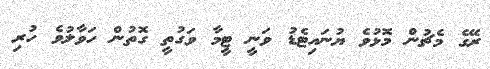
ރޭގެ މެޗުން މޮޅުވެ ޔުނައިޓެޑު ވަނީ ޓީމާ ވަގުތީ ގޮތުން ހަވާލުވެ ހުރި